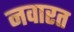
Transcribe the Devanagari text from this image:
नवारत